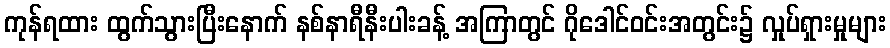
ကုန်ရထား ထွက်သွားပြီးနောက် နစ်နာရီနီးပါးခန့် အကြာတွင် ဂိုဒေါင်ဝင်းအတွင်း၌ လှုပ်ရှားမှုများ